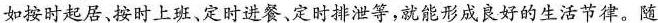
如按时起居、按时上班、定时进餐、定时排泄等，就能形成良好的生活节律。随